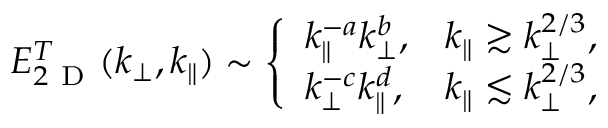
\begin{array} { r } { E _ { 2 \mathrm { ~ D ~ } } ^ { T } ( k _ { \perp } , k _ { \parallel } ) \sim \left\{ \begin{array} { l l } { \displaystyle k _ { \parallel } ^ { - a } k _ { \perp } ^ { b } , } & { \displaystyle k _ { \parallel } \gtrsim k _ { \perp } ^ { 2 / 3 } , } \\ { \displaystyle k _ { \perp } ^ { - c } k _ { \parallel } ^ { d } , } & { \displaystyle k _ { \parallel } \lesssim k _ { \perp } ^ { 2 / 3 } , } \end{array} \right. } \end{array}